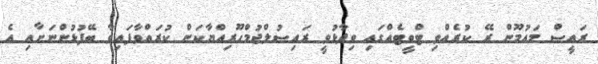
ރައީސް މައުމޫން ރޭ ކުރެއްވި ޓްވީޓެއްގައި ވިދާޅުވީ ރައިސުލްޖުމްހޫރިއްޔާކަން ކުރައްވާފައިވާ ބޭފުޅުންނަށާއި އެ